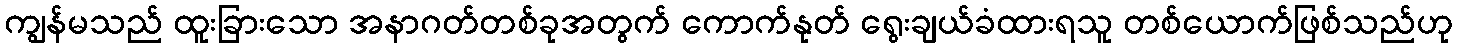
ကျွန်မသည် ထူးခြားသော အနာဂတ်တစ်ခုအတွက် ကောက်နုတ် ရွေးချယ်ခံထားရသူ တစ်ယောက်ဖြစ်သည်ဟု